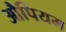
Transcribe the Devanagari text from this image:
औपियम